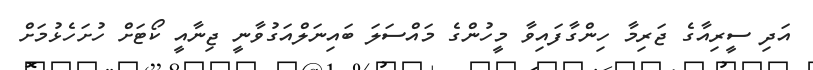
އަދި ސީރިއާގެ ޖަރިމާ ހިންގާފައިވާ މީހުންގެ މައްސަލަ ބައިނަލްއަގުވާނީ ޖިނާއީ ކޯޓަށް ހުށަހެޅުމަށް